Report of an investigation into the causes of the diseases known in Assam as Kála-Azár and Beri-Beri
Disease focus: Beri-Beri
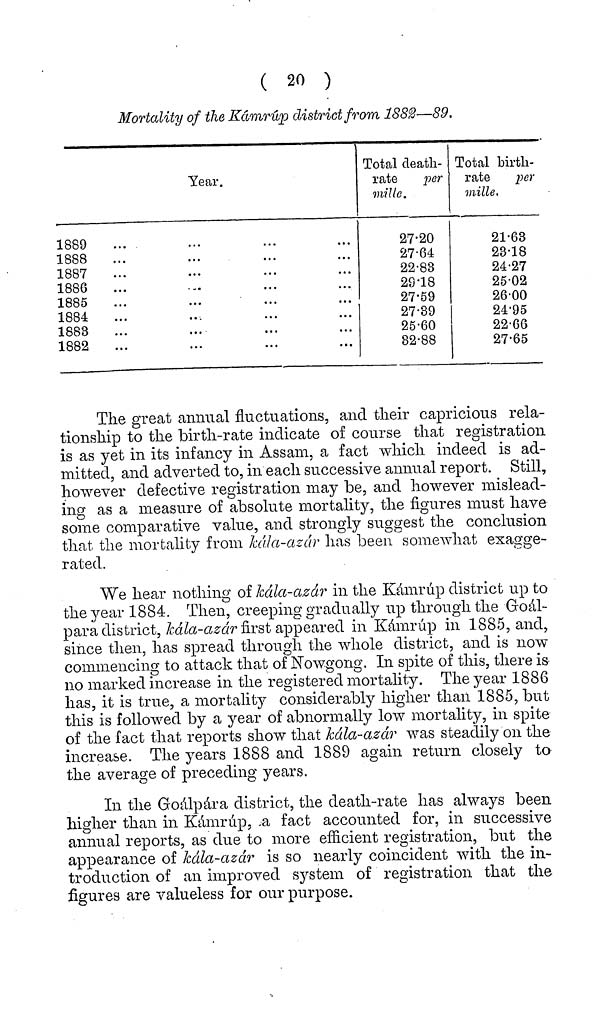
( 20 )
Mortality of the Kámrúp district from 1882—89.
Year.
1889
1888
1887
1886
1885
1884
1883
1882
Total death-
rate
per
mille.
27.20
27.64
22.83
29.18
27.59
27.39
25.60
82.88
Total birth-
rate
per
mille.
21.63
23.18
24.27
25.02
26.00
24.95
22.66
27.65
The great annual fluctuations, and their capricious rela-
tionship to the birth-rate indicate of course that registration
is as yet in its infancy in Assam, a fact which indeed is ad-
mitted, and adverted to, in each successive annual report. Still,
however defective registration may be, and however mislead-
ing as a measure of absolute mortality, the figures must have
some comparative value, and strongly suggest the conclusion
that the mortality from kála-azár has been somewhat exagge-
rated.
We hear nothing of kála-azár in the Kámrúp district up to
the year 1884. Then, creeping gradually up through the Goal-
para district, kála-azár first appeared in Kámrúp in 1885, and,
since then, has spread through the whole district, and is now
commencing to attack that of Nowgong. In spite of this, there is
no marked increase in the registered mortality. The year 1886
has, it is true, a mortality considerably higher than 1885, but
this is followed by a year of abnormally low mortality, in spite
of the fact that reports show that kála-azár was steadily on the
increase. The years 1888 and 1889 again return closely to
the average of preceding years.
In the Goálpára district, the death-rate has always been
higher than in Kámrúp, a fact accounted for, in successive
annual reports, as due to more efficient registration, but the
appearance of kála-azár is so nearly coincident with the in-
troduction of an improved System of registration that the
figures are valueless for our purpose.